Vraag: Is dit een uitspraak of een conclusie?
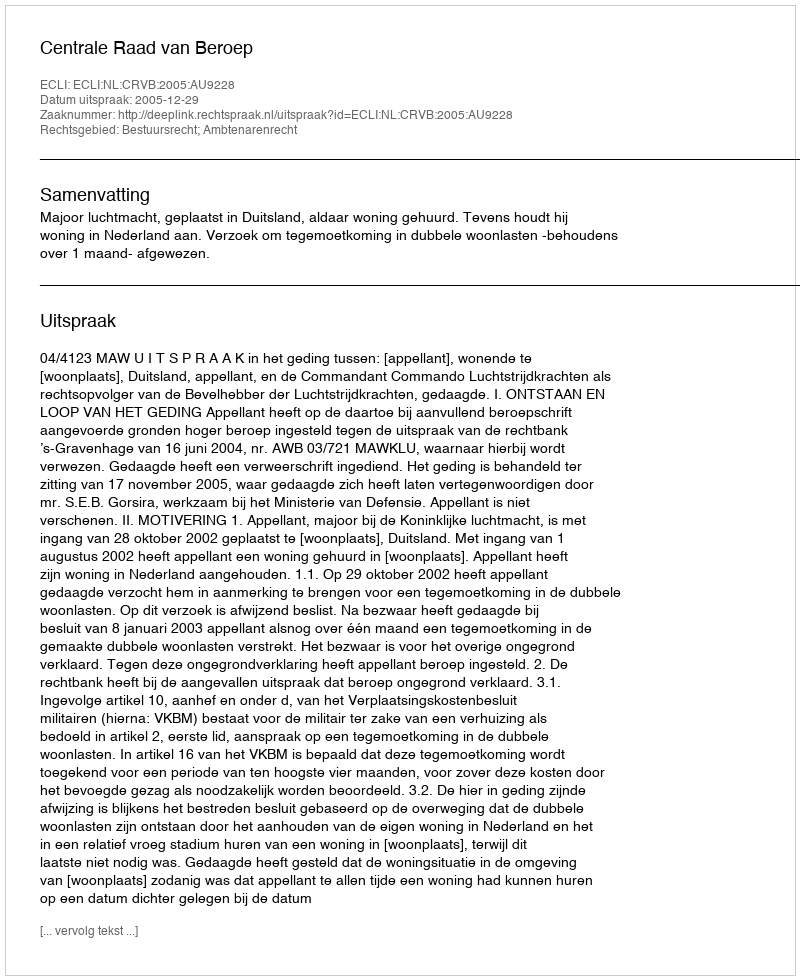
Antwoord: Uitspraak